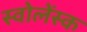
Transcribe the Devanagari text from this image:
स्वोलेंस्क